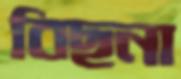
বিছনা